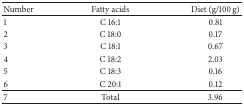
| Number | Fatty acids | Diet (g/100 g) |
 | --- | --- | --- |
 | 1 | C 16:1 | 0.81 |
 | 2 | C 18:0 | 0.17 |
 | 3 | C 18:1 | 0.67 |
 | 4 | C 18:2 | 2.03 |
 | 5 | C 18:3 | 0.16 |
 | 6 | C 20:1 | 0.12 |
 | 7 | Total | 3.96 |